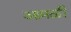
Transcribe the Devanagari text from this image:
आमळी